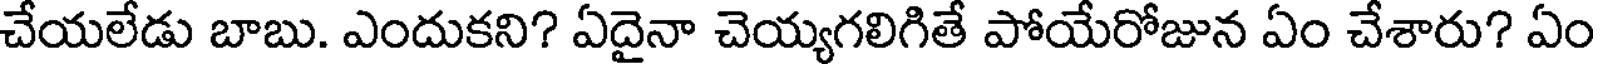
చేయలేడు బాబు. ఎందుకని? ఏదైనా చెయ్యగలిగితే పోయేరోజున ఏం చేశారు? ఏం